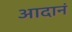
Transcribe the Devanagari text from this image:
आदानं